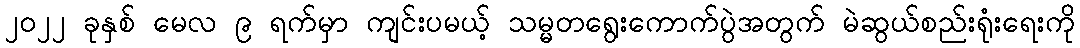
၂၀၂၂ ခုနှစ် မေလ ၉ ရက်မှာ ကျင်းပမယ့် သမ္မတရွေးကောက်ပွဲအတွက် မဲဆွယ်စည်းရုံးရေးကို